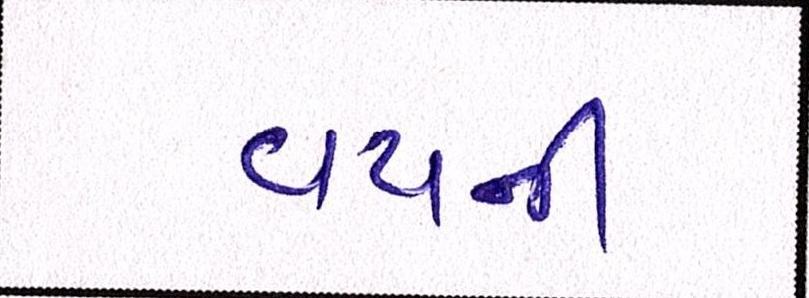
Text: વયની